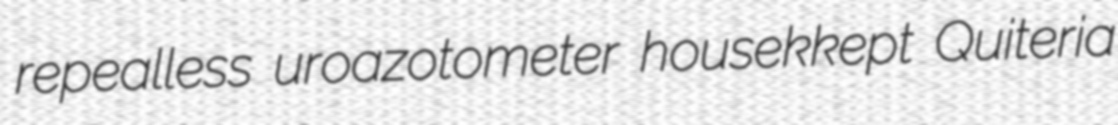
repealless uroazotometer housekkept Quiteria